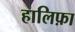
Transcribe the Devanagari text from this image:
हालिफ़ा